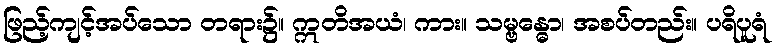
ဖြည့်ကျင့်အပ်သော တရား၌။ ဣတိအယံ၊ ကား။ သမ္ဗန္ဓော၊ အစပ်တည်း။ ပရိပူရံ